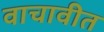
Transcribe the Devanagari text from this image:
वाचावीत